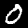
Label: 0